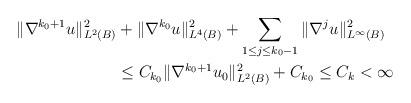
LaTeX: \begin{align*} \|\nabla^{k_0+1}u\|^2_{L^2(B)}&+\|\nabla^{k_0}u\|^2_{L^4(B)} +\sum_{1\le j\le k_0-1}\|\nabla^{j}u\|^2_{L^{\infty}(B)}\\ &\le C_{k_0}\|\nabla^{k_0+1}u_0\|^2_{L^2(B)}+C_{k_0}\le C_k<\infty \end{align*}